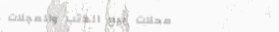
محلات بيع الكتب والمجلات